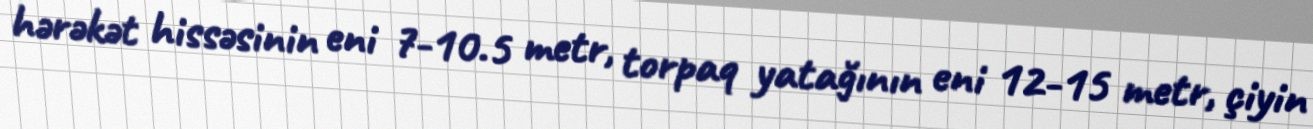
hərəkət hissəsinin eni 7-10.5 metr, torpaq yatağının eni 12-15 metr, çiyin